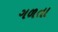
ગળતા